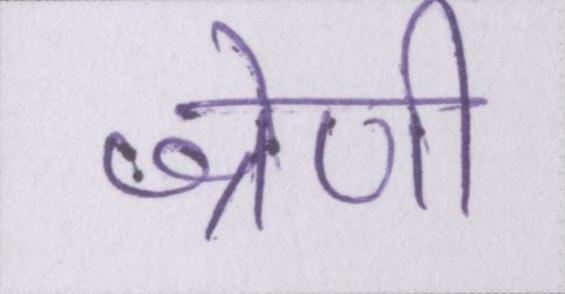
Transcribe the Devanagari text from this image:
श्रेणी